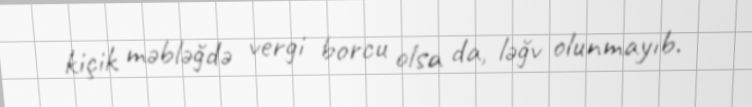
kiçik məbləğdə vergi borcu olsa da, ləğv olunmayıb.